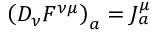
\left( D _ { \nu } F ^ { \nu \mu } \right) _ { a } = J _ { a } ^ { \mu }